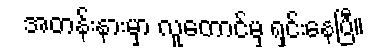
အတန်းနားမှာ လူတောင်မှ ရှင်းနေပြီ။